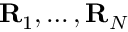
{ \bf R } _ { 1 } , \ldots , { \bf R } _ { N }